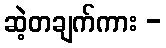
ဆဲ့တချက်ကား -